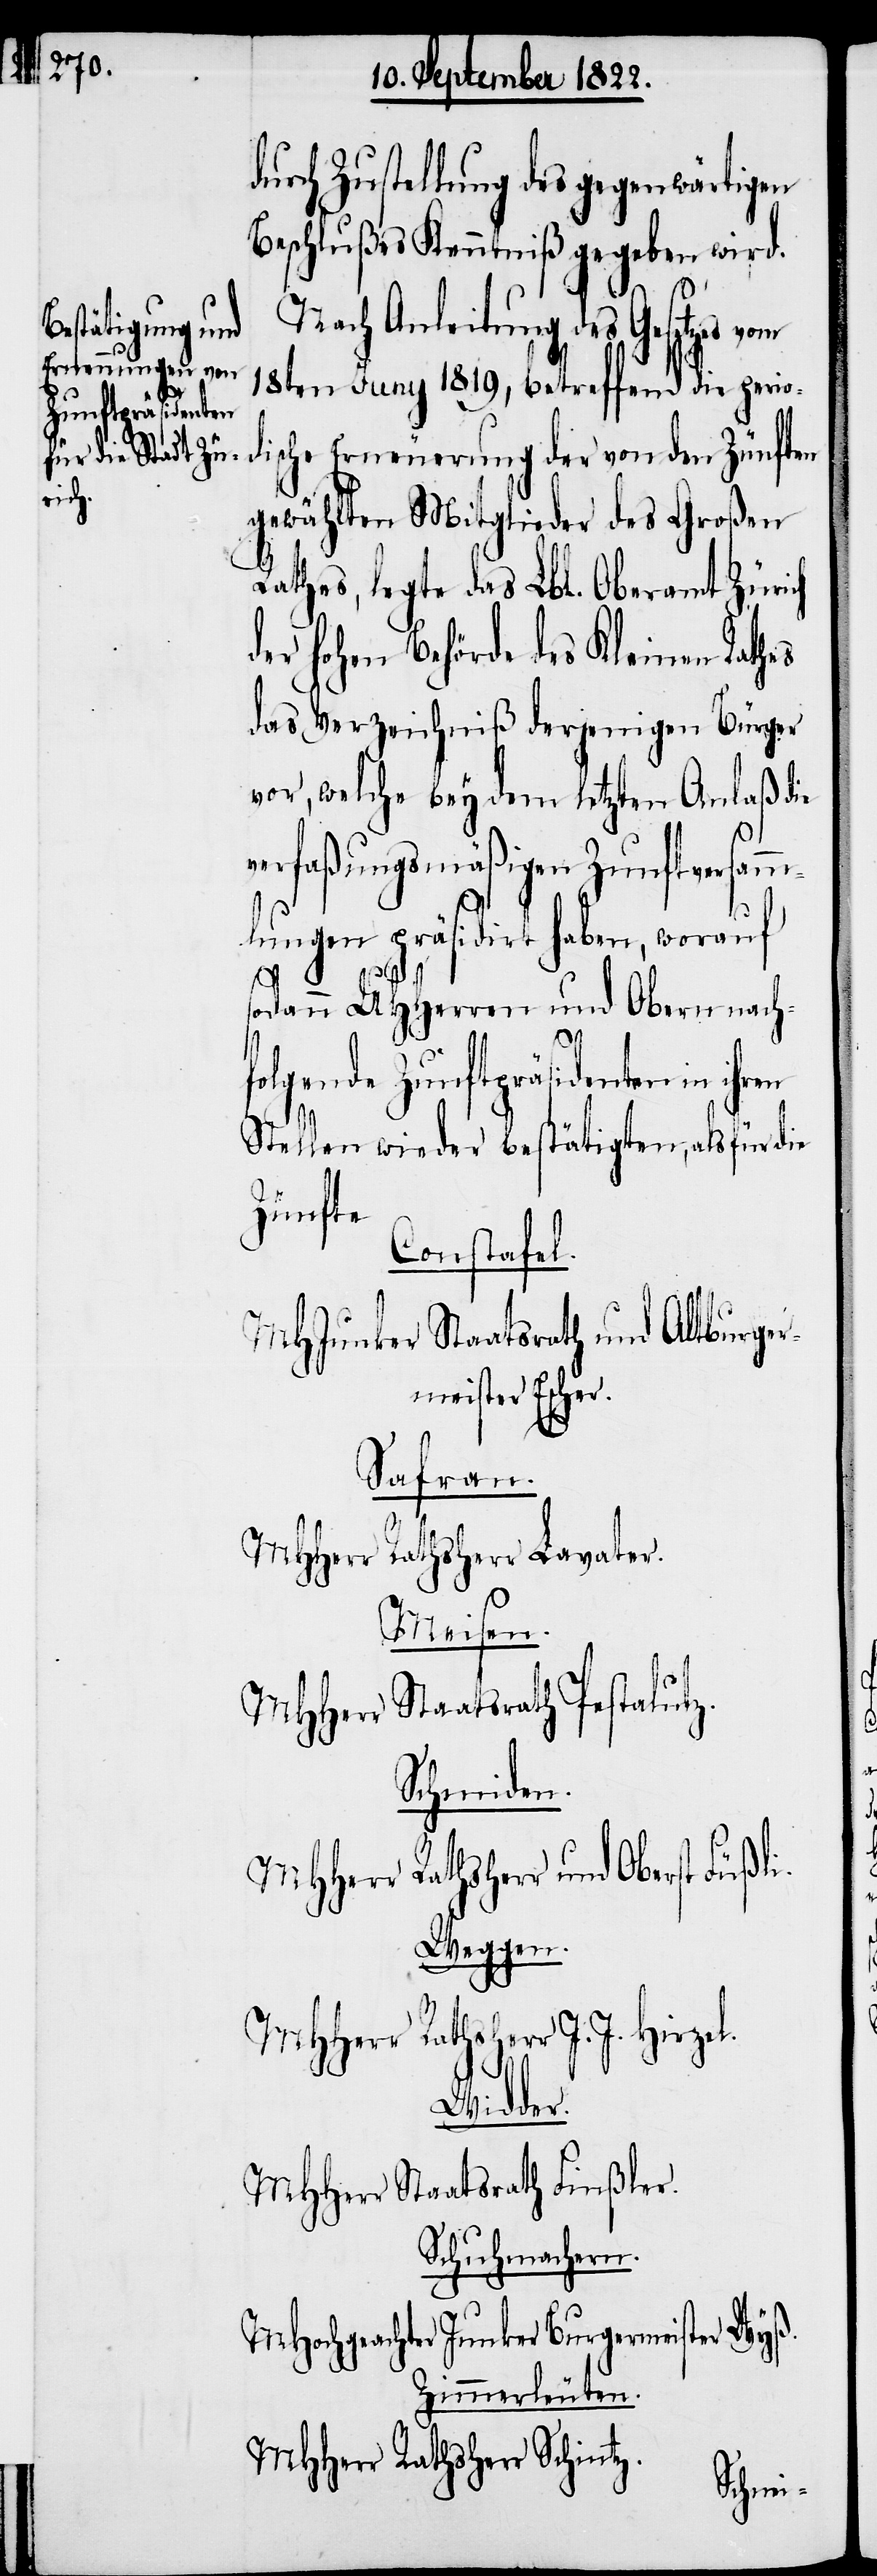
durch Zustellung des gegenwärtign
Beschlußes Kenntniß gegeben wird.
Nach Anleitung des Gesetzes
18ten Juny 1819, betreffend die perio¬
dische Erneuerung der von den Zünften
gewählten Mitglieder des Großen
Rathes, legte das Lbl. Oberamt Zürich
er Hohen Behörde des Kleinen Rathes
das Verzeichniß derjenigen Bürger
vor, welche bey dem letzten Anlaß die
d¬
verfaßungsmäßigen Zunftversamm¬
lungen präsidirt haben, worauf
sodann UHHerrn und Obern nachf¬
olgende Zunftpräsidenten in
Stellen wieder bestätigten, als für die
Zünfte
Constafel.
MHJunker Staatsrath und Altburger¬
meister Escher.
Safran.
MHHerr Rathsherr Lavater.
Meisen.
MHHerr Staatsrath Pestalutz.
Schmiden.
MHHerr Rathsherr und Oberst
Weggen.
MHHerr Rathsherr J. J. Hirzel.
Widder.
MHHerr Staatsrath Finßler.
Schuhmachern.
MHochgeachter Junker Burgermeister Wyß.
Zimmerleuten.
MHHerr Rathsherr Schintz.